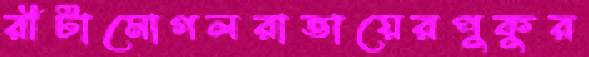
রীটামোগলরাভায়েরপুকুর